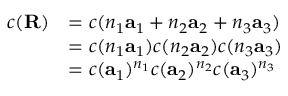
{ \begin{array} { r l } { c ( \mathbf { R } ) } & { = c ( n _ { 1 } \mathbf { a } _ { 1 } + n _ { 2 } \mathbf { a } _ { 2 } + n _ { 3 } \mathbf { a } _ { 3 } ) } \\ & { = c ( n _ { 1 } \mathbf { a } _ { 1 } ) c ( n _ { 2 } \mathbf { a } _ { 2 } ) c ( n _ { 3 } \mathbf { a } _ { 3 } ) } \\ & { = c ( \mathbf { a } _ { 1 } ) ^ { n _ { 1 } } c ( \mathbf { a } _ { 2 } ) ^ { n _ { 2 } } c ( \mathbf { a } _ { 3 } ) ^ { n _ { 3 } } } \end{array} }